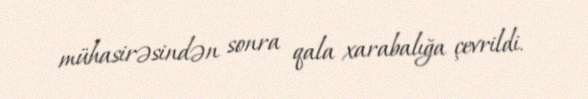
mühasirəsindən sonra qala xarabalığa çevrildi.